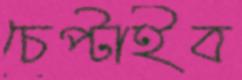
চেপ্‌টাইব